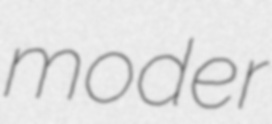
moder